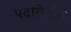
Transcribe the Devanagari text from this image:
पदविहीन